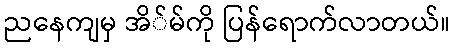
ညနေကျမှ အိ်မ်ကို ပြန်ရောက်လာတယ်။